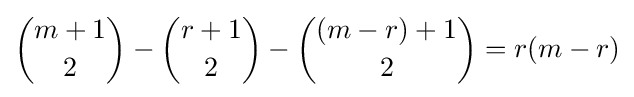
{\binom {m+1}{2}}-{\binom {r+1}{2}}-{\binom {(m-r)+1}{2}}=r(m-r)